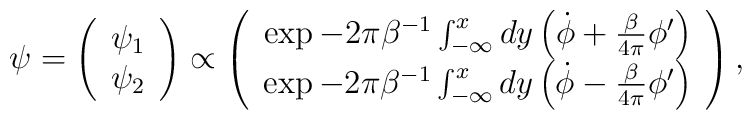
\psi = \left( \begin{array}{c} \psi_1 \\ \psi_2 \end{array} \right) \propto \left( \begin{array}{c} \exp -2\pi\beta^{-1} \int^{x}_{-\infty} dy \left( \dot{\phi} + \frac{\beta}{4\pi} \phi' \right) \\ \exp -2\pi\beta^{-1} \int^{x}_{-\infty} dy \left( \dot{\phi} - \frac{\beta}{4\pi} \phi' \right) \end{array} \right) ,